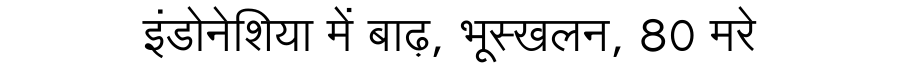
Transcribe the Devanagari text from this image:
इंडोनेशिया में बाढ़, भूस्खलन, 80 मरे